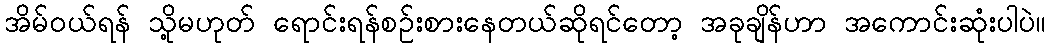
အိမ်ဝယ်ရန် သို့မဟုတ် ရောင်းရန်စဉ်းစားနေတယ်ဆိုရင်တော့ အခုချိန်ဟာ အကောင်းဆုံးပါပဲ။